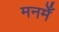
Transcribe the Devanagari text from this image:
मनमेँ